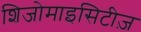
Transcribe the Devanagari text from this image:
शिजोमाइसिटीज़